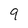
Character: 9